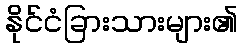
နိုင်ငံခြားသားများ၏